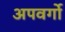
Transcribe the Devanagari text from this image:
अपवर्गो